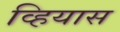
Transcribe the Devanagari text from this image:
व्हियास